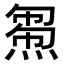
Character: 𤌝